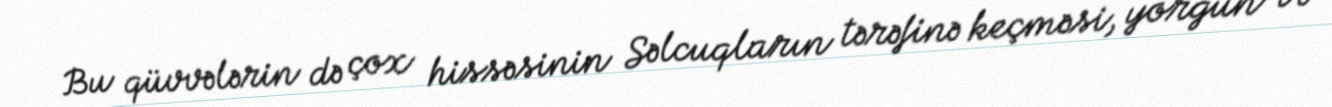
Bu qüvvələrin də çox hissəsinin Səlcuqların tərəfinə keçməsi, yorğun və